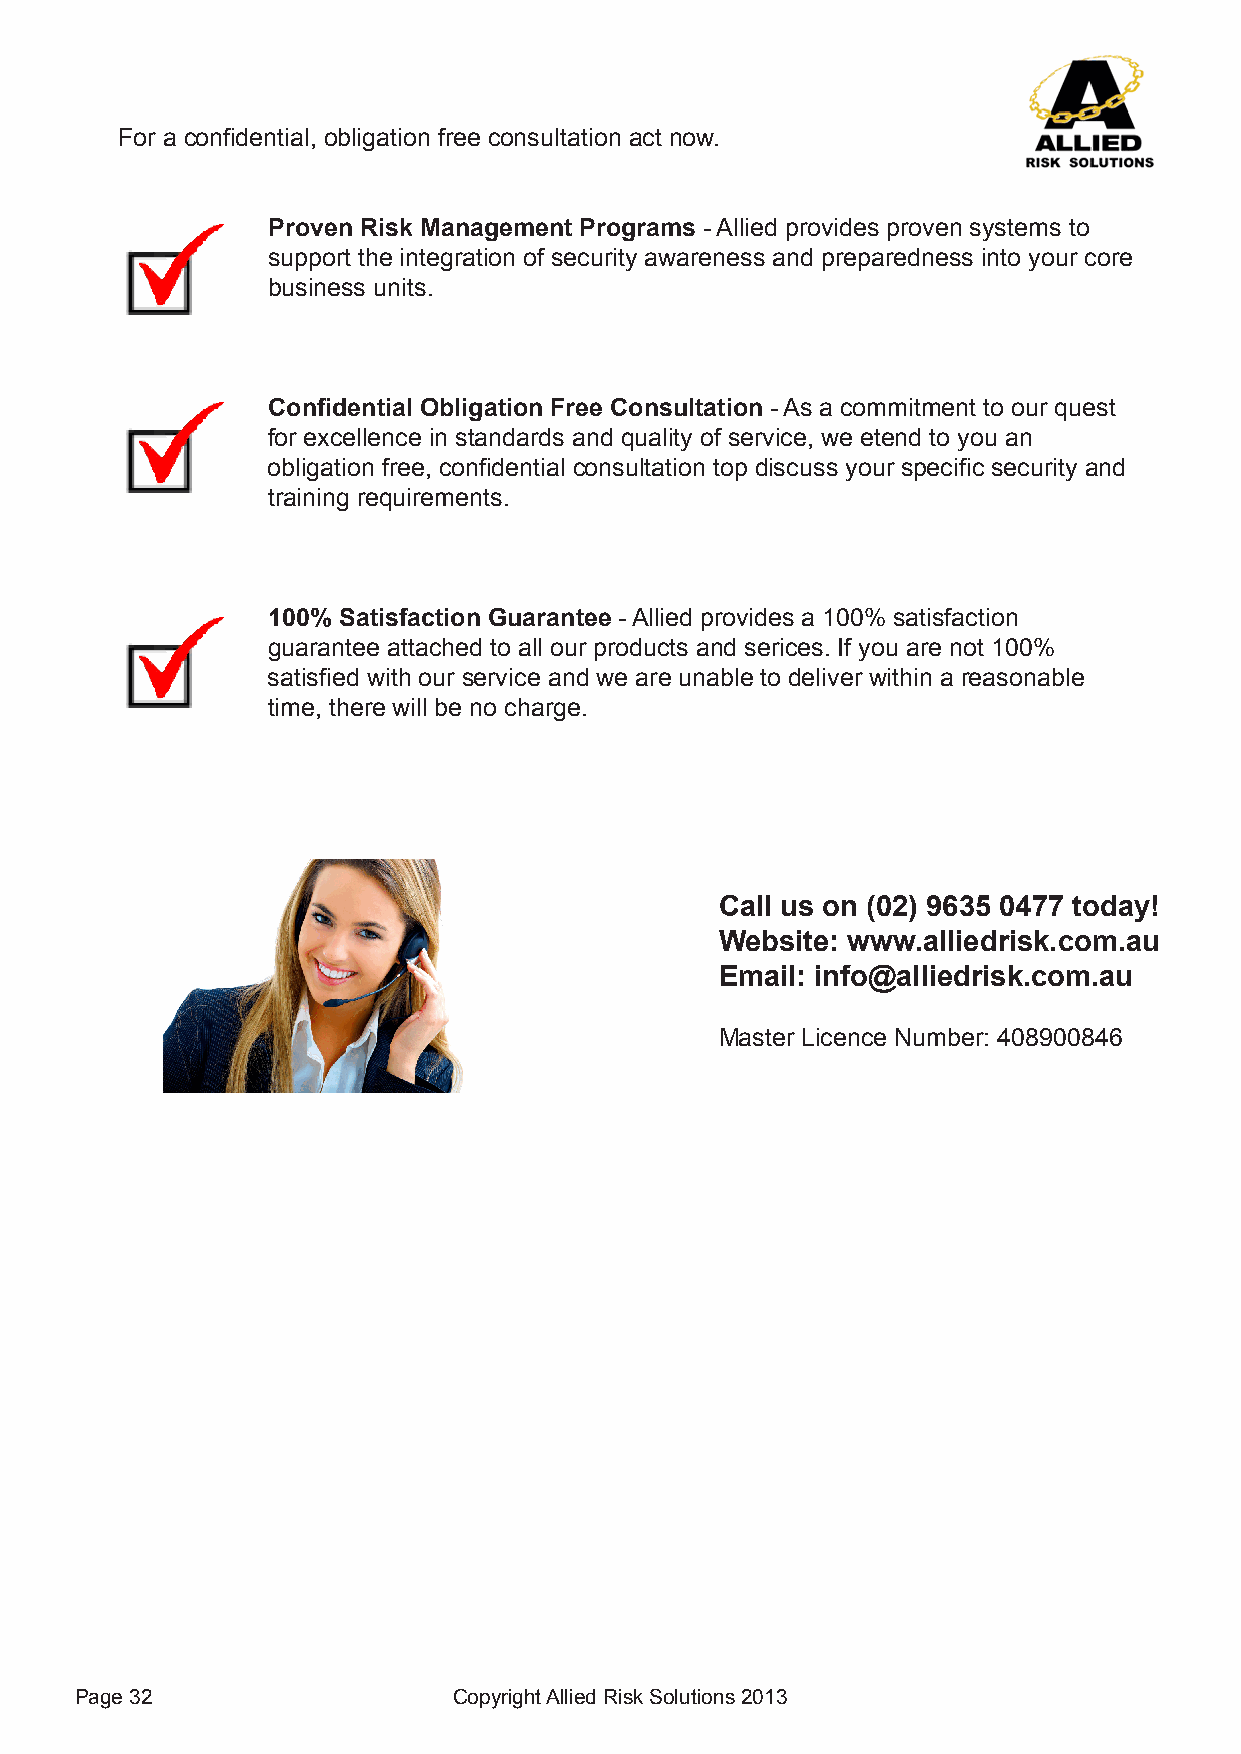
For a confidential, obligation free consultation act now.
 Proven Risk Management Programs - Allied provides proven systems to
 support the integration of security awareness and preparedness into your core
 business units.
 Confidential Obligation Free Consultation - As a commitment to our quest
 for excellence in standards and quality of service, we etend to you an
 obligation free, confidential consultation top discuss your specific security and
 training requirements.
 100% Satisfaction Guarantee - Allied provides a 100% satisfaction
 guarantee attached to all our products and serices. If you are not 100%
 satisfied with our service and we are unable to deliver within a reasonable
 time, there will be no charge.
 Call us on (02) 9635 0477 today!
 Website: www.alliedrisk.com.au
 Email: info@alliedrisk.com.au
 Master Licence Number: 408900846
 Page 32                  Copyright Allied Risk Solutions 2013